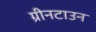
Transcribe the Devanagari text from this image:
ग्रीनटाउन